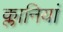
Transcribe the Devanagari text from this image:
क्लानियां